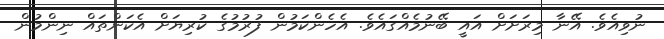
ނުވިއެވެ. އޭނާ މިރަށަށް އައީ ބޭނުމެއްގައެވެ. އެހެންކަމުން ފުރުމުގެ ކުރިޔަށް އެކަންތައް ނިންމުން